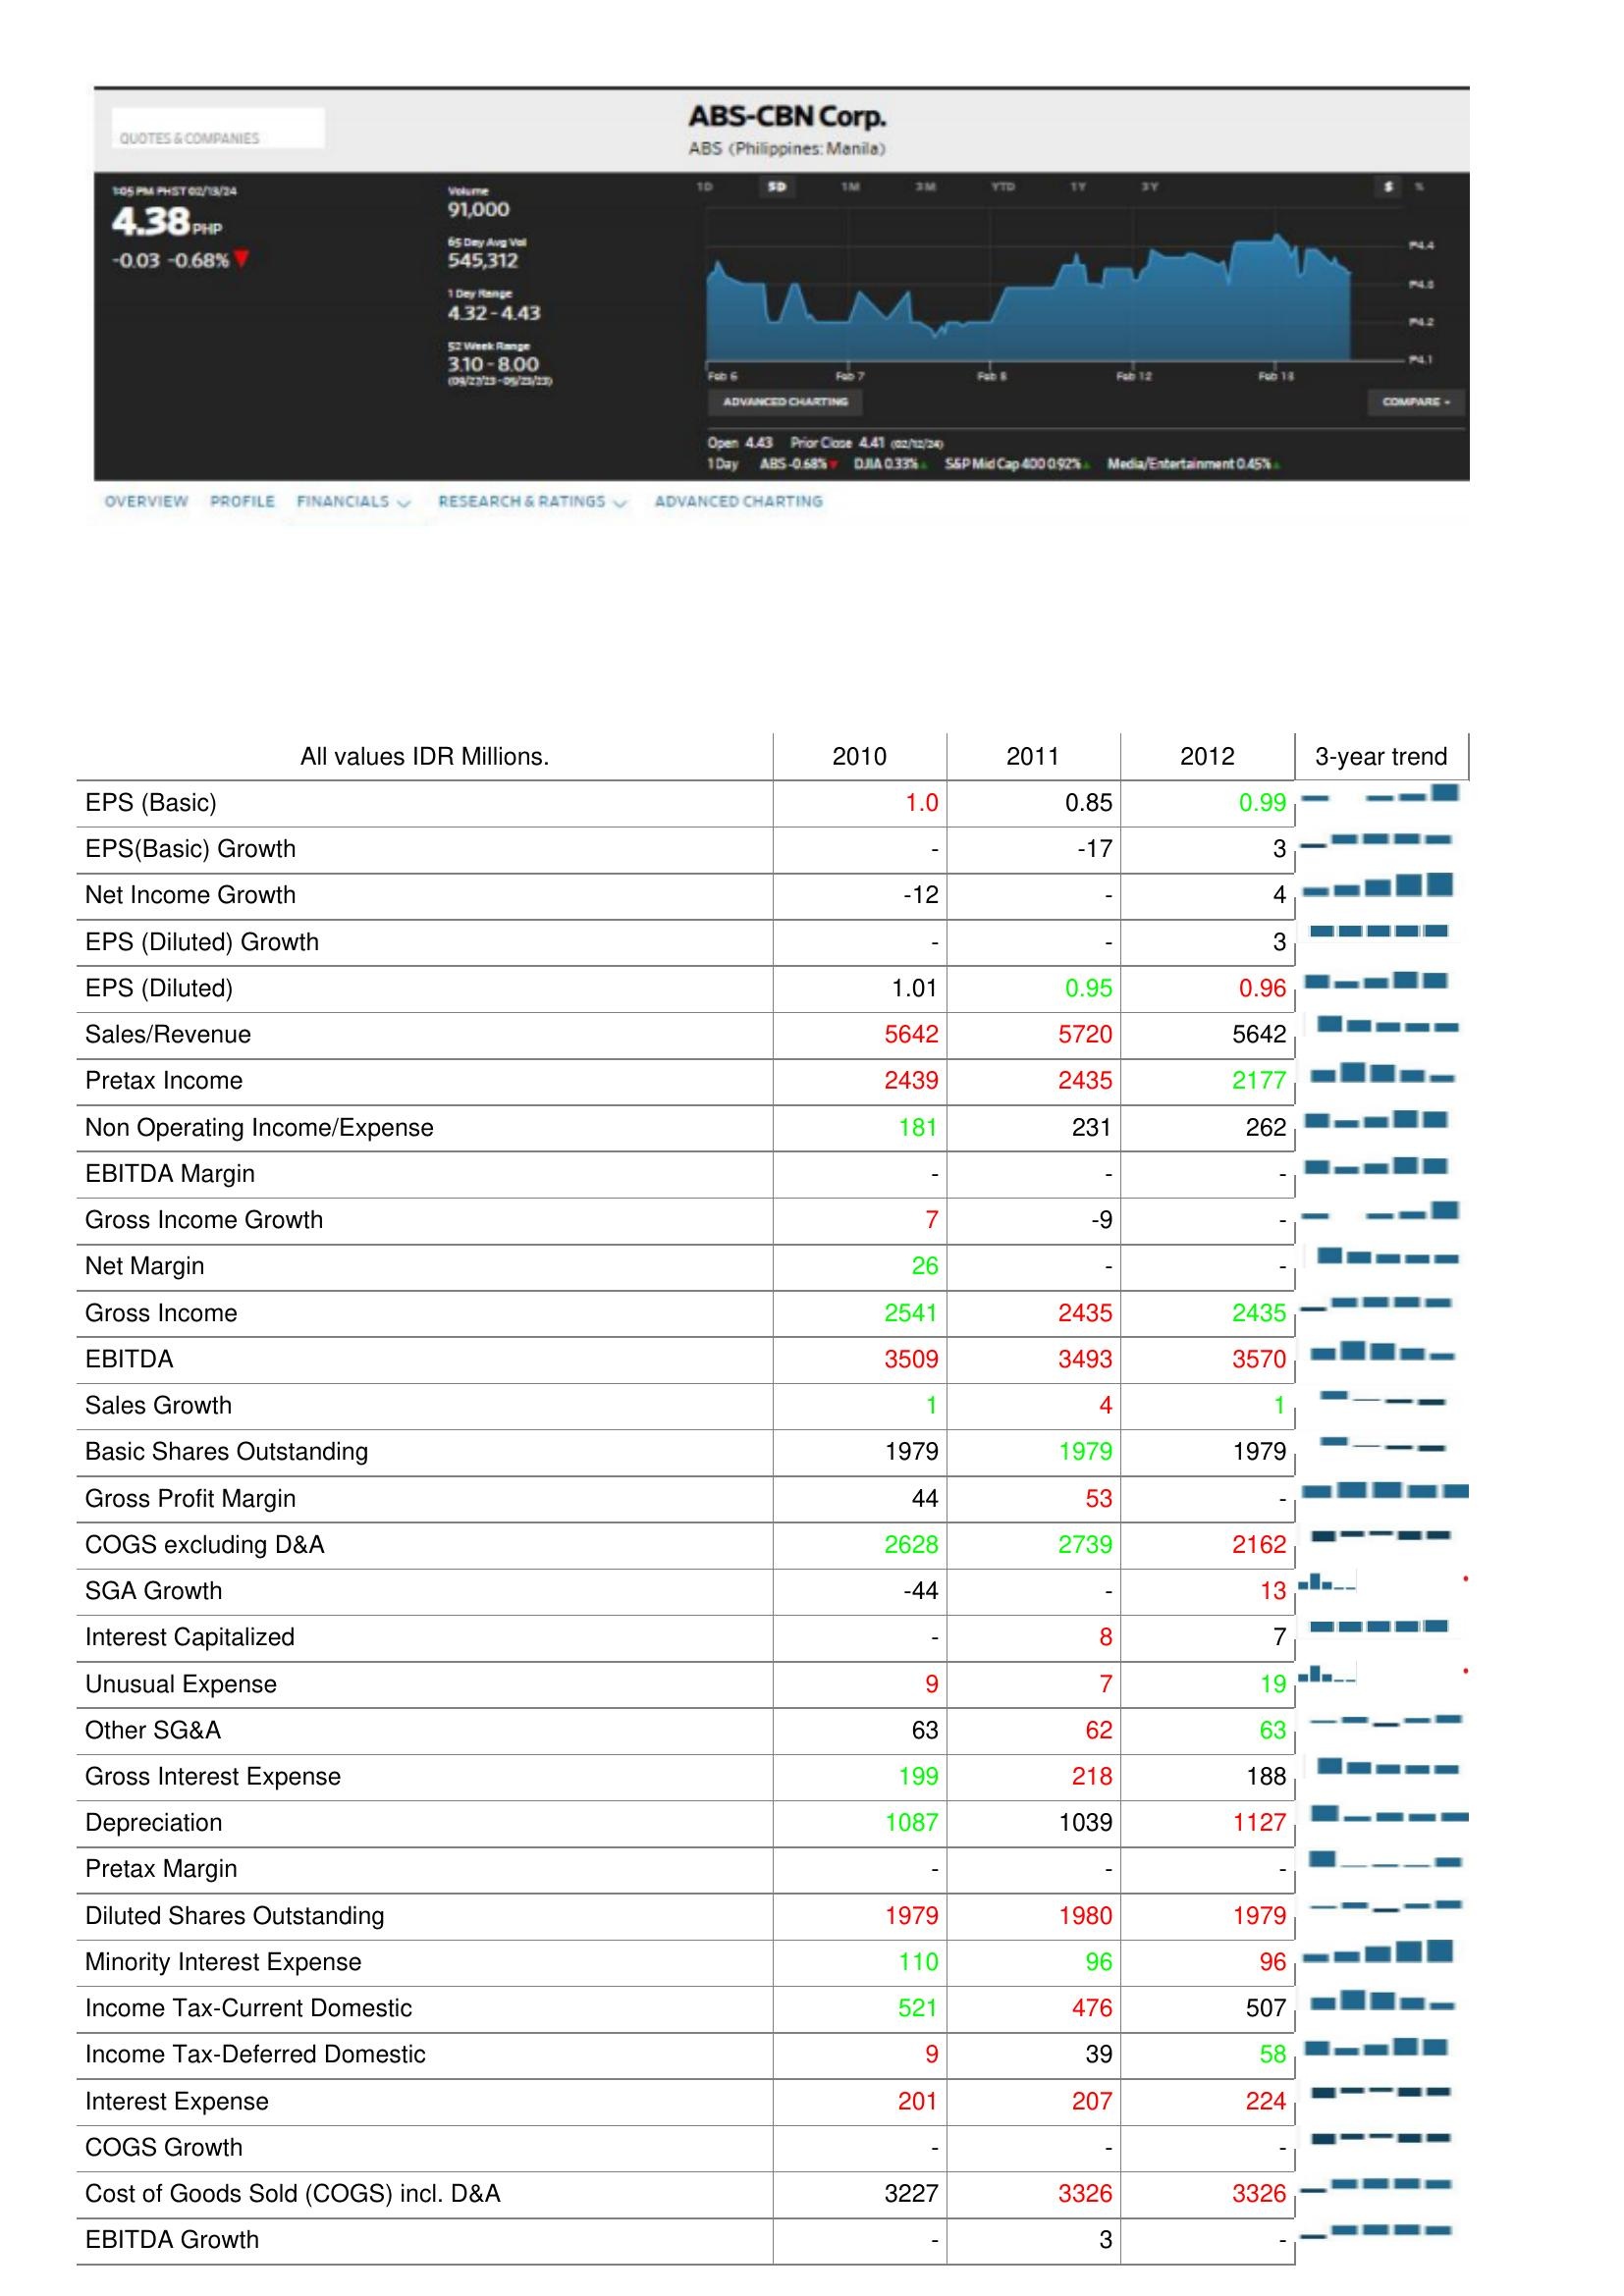
2010: : EPS (Basic): 1.0
EPS(Basic) Growth: -
Net Income Growth: -12
EPS (Diluted) Growth: -
EPS (Diluted): 1.01
Sales/Revenue: 5642
Pretax Income: 2439
Non Operating Income/Expense: 181
EBITDA Margin: -
Gross Income Growth: 7
Net Margin: 26
Gross Income: 2541
EBITDA: 3509
Sales Growth: 1
Basic Shares Outstanding: 1979
Gross Profit Margin: 44
COGS excluding D&A: 2628
SGA Growth: -44
Interest Capitalized: -
Unusual Expense: 9
Other SG&A: 63
Gross Interest Expense: 199
Depreciation: 1087
Pretax Margin: -
Diluted Shares Outstanding: 1979
Minority Interest Expense: 110
Income Tax-Current Domestic: 521
Income Tax-Deferred Domestic: 9
Interest Expense: 201
COGS Growth: -
Cost of Goods Sold (COGS) incl. D&A: 3227
EBITDA Growth: -
2011: : EPS (Basic): 0.85
EPS(Basic) Growth: -17
Net Income Growth: -
EPS (Diluted) Growth: -
EPS (Diluted): 0.95
Sales/Revenue: 5720
Pretax Income: 2435
Non Operating Income/Expense: 231
EBITDA Margin: -
Gross Income Growth: -9
Net Margin: -
Gross Income: 2435
EBITDA: 3493
Sales Growth: 4
Basic Shares Outstanding: 1979
Gross Profit Margin: 53
COGS excluding D&A: 2739
SGA Growth: -
Interest Capitalized: 8
Unusual Expense: 7
Other SG&A: 62
Gross Interest Expense: 218
Depreciation: 1039
Pretax Margin: -
Diluted Shares Outstanding: 1980
Minority Interest Expense: 96
Income Tax-Current Domestic: 476
Income Tax-Deferred Domestic: 39
Interest Expense: 207
COGS Growth: -
Cost of Goods Sold (COGS) incl. D&A: 3326
EBITDA Growth: 3
2012: : EPS (Basic): 0.99
EPS(Basic) Growth: 3
Net Income Growth: 4
EPS (Diluted) Growth: 3
EPS (Diluted): 0.96
Sales/Revenue: 5642
Pretax Income: 2177
Non Operating Income/Expense: 262
EBITDA Margin: -
Gross Income Growth: -
Net Margin: -
Gross Income: 2435
EBITDA: 3570
Sales Growth: 1
Basic Shares Outstanding: 1979
Gross Profit Margin: -
COGS excluding D&A: 2162
SGA Growth: 13
Interest Capitalized: 7
Unusual Expense: 19
Other SG&A: 63
Gross Interest Expense: 188
Depreciation: 1127
Pretax Margin: -
Diluted Shares Outstanding: 1979
Minority Interest Expense: 96
Income Tax-Current Domestic: 507
Income Tax-Deferred Domestic: 58
Interest Expense: 224
COGS Growth: -
Cost of Goods Sold (COGS) incl. D&A: 3326
EBITDA Growth: -